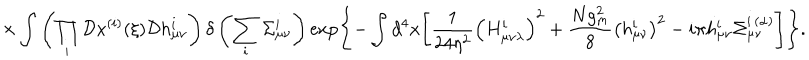
\times \int \left( \prod _ { i } ^ { } { \cal D } x ^ { ( i ) } ( \xi ) { \cal D } h _ { \mu \nu } ^ { i } \right) \delta \left( \sum _ { i } ^ { } \Sigma _ { \mu \nu } ^ { i } \right) \exp \Biggl \{ - \int d ^ { 4 } x \Biggl [ \frac { 1 } { 2 4 \eta ^ { 2 } } \left( H _ { \mu \nu \lambda } ^ { i } \right) ^ { 2 } + \frac { N g _ { m } ^ { 2 } } { 8 } \left( h _ { \mu \nu } ^ { i } \right) ^ { 2 } - i \pi h _ { \mu \nu } ^ { i } \Sigma _ { \mu \nu } ^ { i { \, } ( \alpha ) } \Biggr ] \Biggr \} .